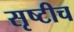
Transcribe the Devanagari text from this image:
सृष्टीच